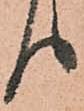
り